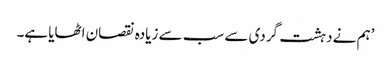
’ہم نے دہشت گردی سے سب سے زیادہ نقصان اٹھایا ہے۔